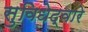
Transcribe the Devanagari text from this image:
सुविधेद्वारे